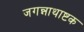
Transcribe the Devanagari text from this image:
जगन्नाथाष्टक